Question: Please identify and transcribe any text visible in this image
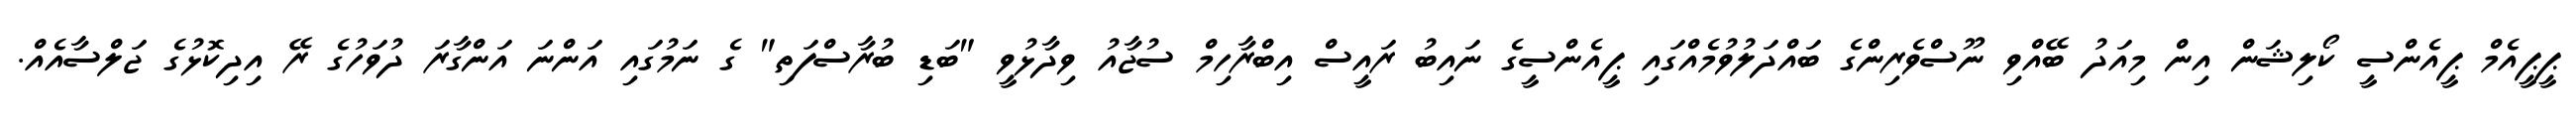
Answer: ޕީޕީއެމް ޕީއެންސީ ކޯލިޝަން އިން މިއަދު ބޭއްވި ނޫސްވެރިންގެ ބައްދަލުވުމެއްގައި ޕީއެންސީގެ ނައިބު ރައީސް އިބްރާހިމް ސުޖާއު ވިދާޅުވީ "ބަޑި ބުރާސްފަތި" ގެ ނަމުގައި އަންނަ އަންގާރަ ދުވަހުގެ ރޭ އިދިކޮޅުގެ ޖަލްސާއެއް.